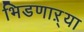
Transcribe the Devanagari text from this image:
भिडणाऱ्या